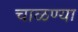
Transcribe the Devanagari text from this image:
चाळण्या